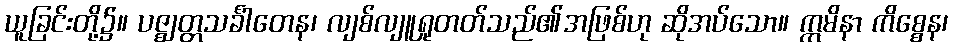
ယူခြင်းတို့၌။ ပဇ္ဈတ္တသင်္ခါတေန၊ လျစ်လျူရှုတတ်သည်၏အဖြစ်ဟု ဆိုအပ်သော။ ဣမိနာ ကိစ္စေန၊